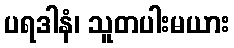
ပရဒါနံ၊ သူတပါးမယား